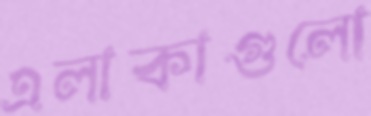
এলাকাগুলো